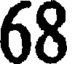
68